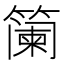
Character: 𮆏